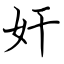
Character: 奸